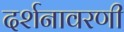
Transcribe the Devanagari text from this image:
दर्शनावरणी